Leaving Certificate Examination, 1924
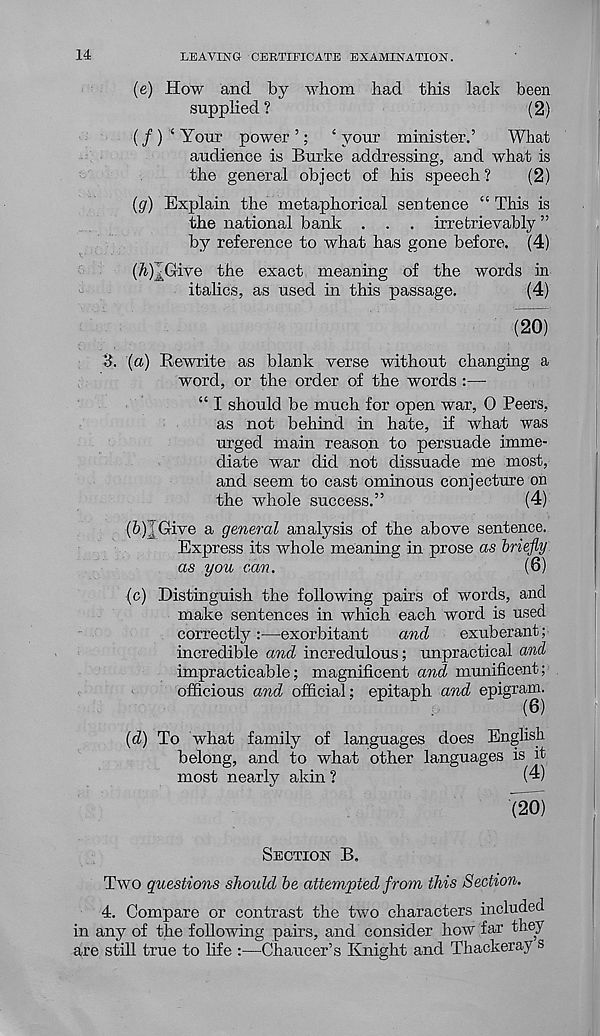
14
LEAVING CERTIFICATE EXAMINATION.
(e) How and by whom had this lack been
supphed ?
(2)
(/ ) ‘ Your power ’; 4 your minister.’
What
audience is Burke addressing, and what is
the general object of his speech?
(2)
(g) Explain the metaphorical sentence “ This is
the national bank . . . irretrievably ”
by reference to what has gone before. (4)
(^)jGive the exact meaning of the words in
italics, as used in this passage.
(4)
(20)
3. (a) Rewrite as blank verse without changing a
word, or the order of the words :—
“ I should be much for open war, 0 Peers,
as not behind in hate, if what was
urged main reason to persuade imme-
diate war did not dissuade me most,
and seem to cast ominous conjecture on
the whole success.”
(4)
(h)IGive a general analysis of the above sentence.
Express its whole meaning in prose as briefly
as you can.
(6)
(c) Distinguish the following pairs of words, and
make sentences in which each word is used
correctly :—exorbitant
and
exuberant;
incredible and incredulous; unpractical and
impracticable; magnificent and munificent;
officious and official; epitaph and epigram.
.
(6)
(d) To what family of languages does English
belong, and to what other languages is it
most nearly akin ?
(4)
(20)
SECTION B.
Two questions should be attempted from this Section.
4. Compare or contrast the two characters included
in any of the following pairs, and consider how far they
are still true to life :—Chaucer’s Knight and Thackeray s